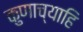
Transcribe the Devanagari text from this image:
कुणाच्याहि